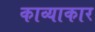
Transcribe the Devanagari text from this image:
काव्याकार